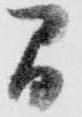
間